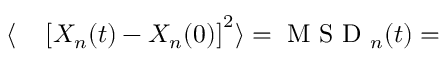
\begin{array} { r l } { \langle } & { { } \left[ X _ { n } ( t ) - X _ { n } ( 0 ) \right] ^ { 2 } \rangle = \mathrm { ~ M ~ S ~ D ~ } _ { n } ( t ) = } \end{array}